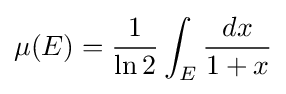
\mu (E)={\frac {1}{\ln 2}}\int _{E}{\frac {dx}{1+x}}